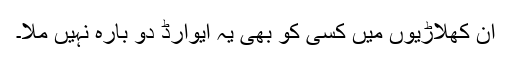
ان کھلاڑیوں میں کسی کو بھی یہ ایوارڈ دو بارہ نہیں ملا۔